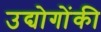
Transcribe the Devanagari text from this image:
उद्योगोंकी